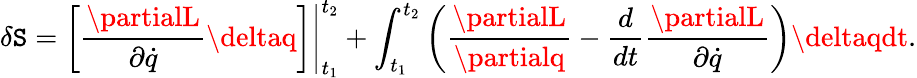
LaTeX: \delta\mathtt{S}=\left.\left[{\frac{{\partialL}}{{\partial{\dot{{q}}}}}}\deltaq\right]\right|_{t_{1}}^{t_{2}}+\int_{t_{1}}^{t_{2}}\left({\frac{{\partialL}}{{\partialq}}}-{\frac{{d}}{{dt}}}{\frac{{\partialL}}{{\partial{\dot{{q}}}}}}\right)\deltaqdt.